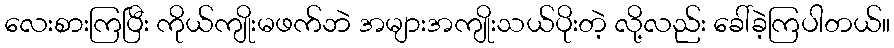
လေးစားကြပြီး ကိုယ်ကျိုးမဖက်ဘဲ အများအကျိုးသယ်ပိုးတဲ့ လို့လည်း ခေါ်ခဲ့ကြပါတယ်။